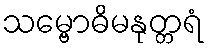
သမ္ဗောဓိမနုတ္တရံ